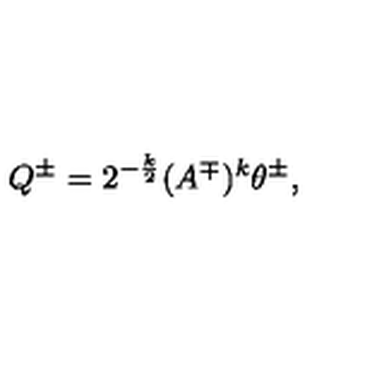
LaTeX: Q ^ { \pm } = 2 ^ { - \frac k 2 } ( A ^ { \mp } ) ^ { k } \theta ^ { \pm } ,